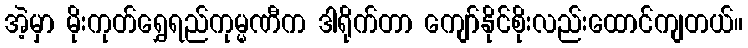
အဲ့မှာ မိုးကုတ်ရွှေရည်ကုမ္မဏီက ဒါရိုက်တာ ကျော်နိုင်စိုးလည်းထောင်ကျတယ်။